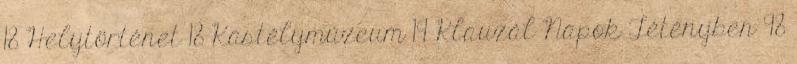
18 Helytörténet 18 Kastélymúzeum 19 Klauzál Napok Tétényben 98